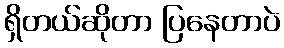
ရှိတယ်ဆိုတာ ပြနေတာပဲ